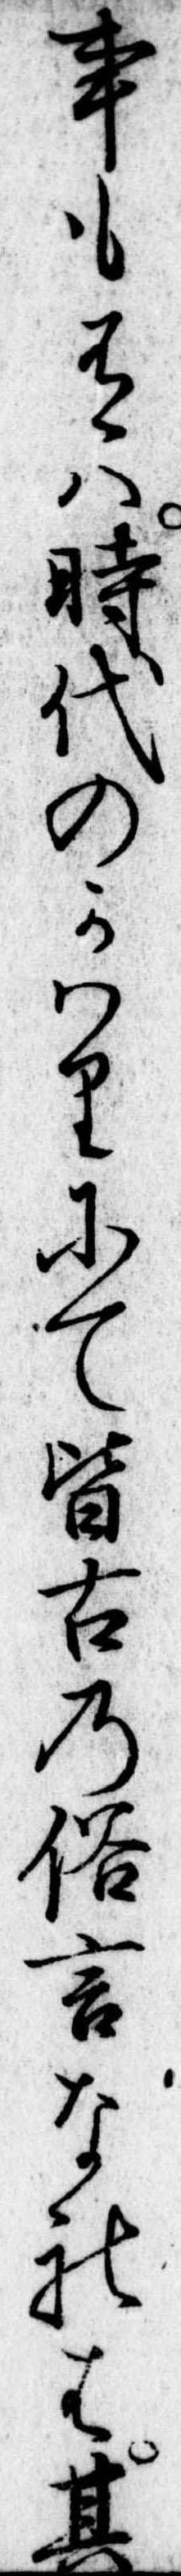
事も有は時代のかはりにて皆古の俗言なれは其